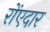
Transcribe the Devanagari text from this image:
रोंएदार